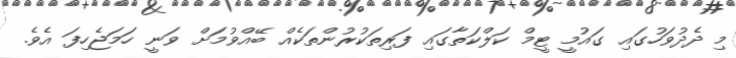
މި ދެދުވަހުގައި ގައުމީ ޓީމް ކަލްކަތާގައި ފަރިތަކުރުންތަކެއް ބޭއްވުމަށް ވަނީ ހަމަޖެހިފަ އެވެ.